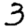
Digit: 3